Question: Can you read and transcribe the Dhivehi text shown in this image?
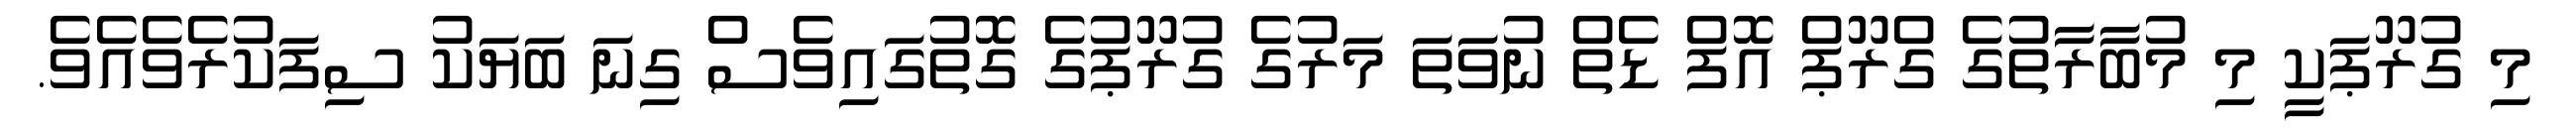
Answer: މި ގުރޫޕަކީ މި މުބާރާތުގެ ގްރޫޕް އޮފް ޑެތް ނުވަތަ މަރުގެ ގުރޫޕުގެ ގޮތުގައިވެސް ގިނަ ބަޔަކު ސިފަކުރެވެއެވެ.